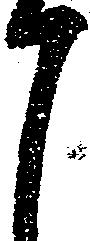
月